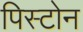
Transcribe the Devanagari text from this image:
पिस्टोन